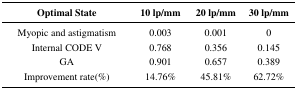
<table><thead><tr><td><b>Optimal State</b></td><td><b>10 lp/mm</b></td><td><b>20 lp/mm</b></td><td><b>30 lp/mm</b></td></tr></thead><tbody><tr><td>Myopic and astigmatism</td><td>0.003</td><td>0.001</td><td>0</td></tr><tr><td>Internal CODE V</td><td>0.768</td><td>0.356</td><td>0.145</td></tr><tr><td>GA</td><td>0.901</td><td>0.657</td><td>0.389</td></tr><tr><td>Improvement rate(%)</td><td>14.76%</td><td>45.81%</td><td>62.72%</td></tr></tbody></table>